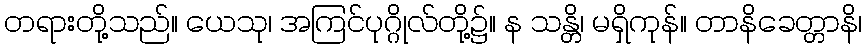
တရားတို့သည်။ ယေသု၊ အကြင်ပုဂ္ဂိုလ်တို့၌။ န သန္တိ၊ မရှိကုန်။ တာနိခေတ္တာနိ၊